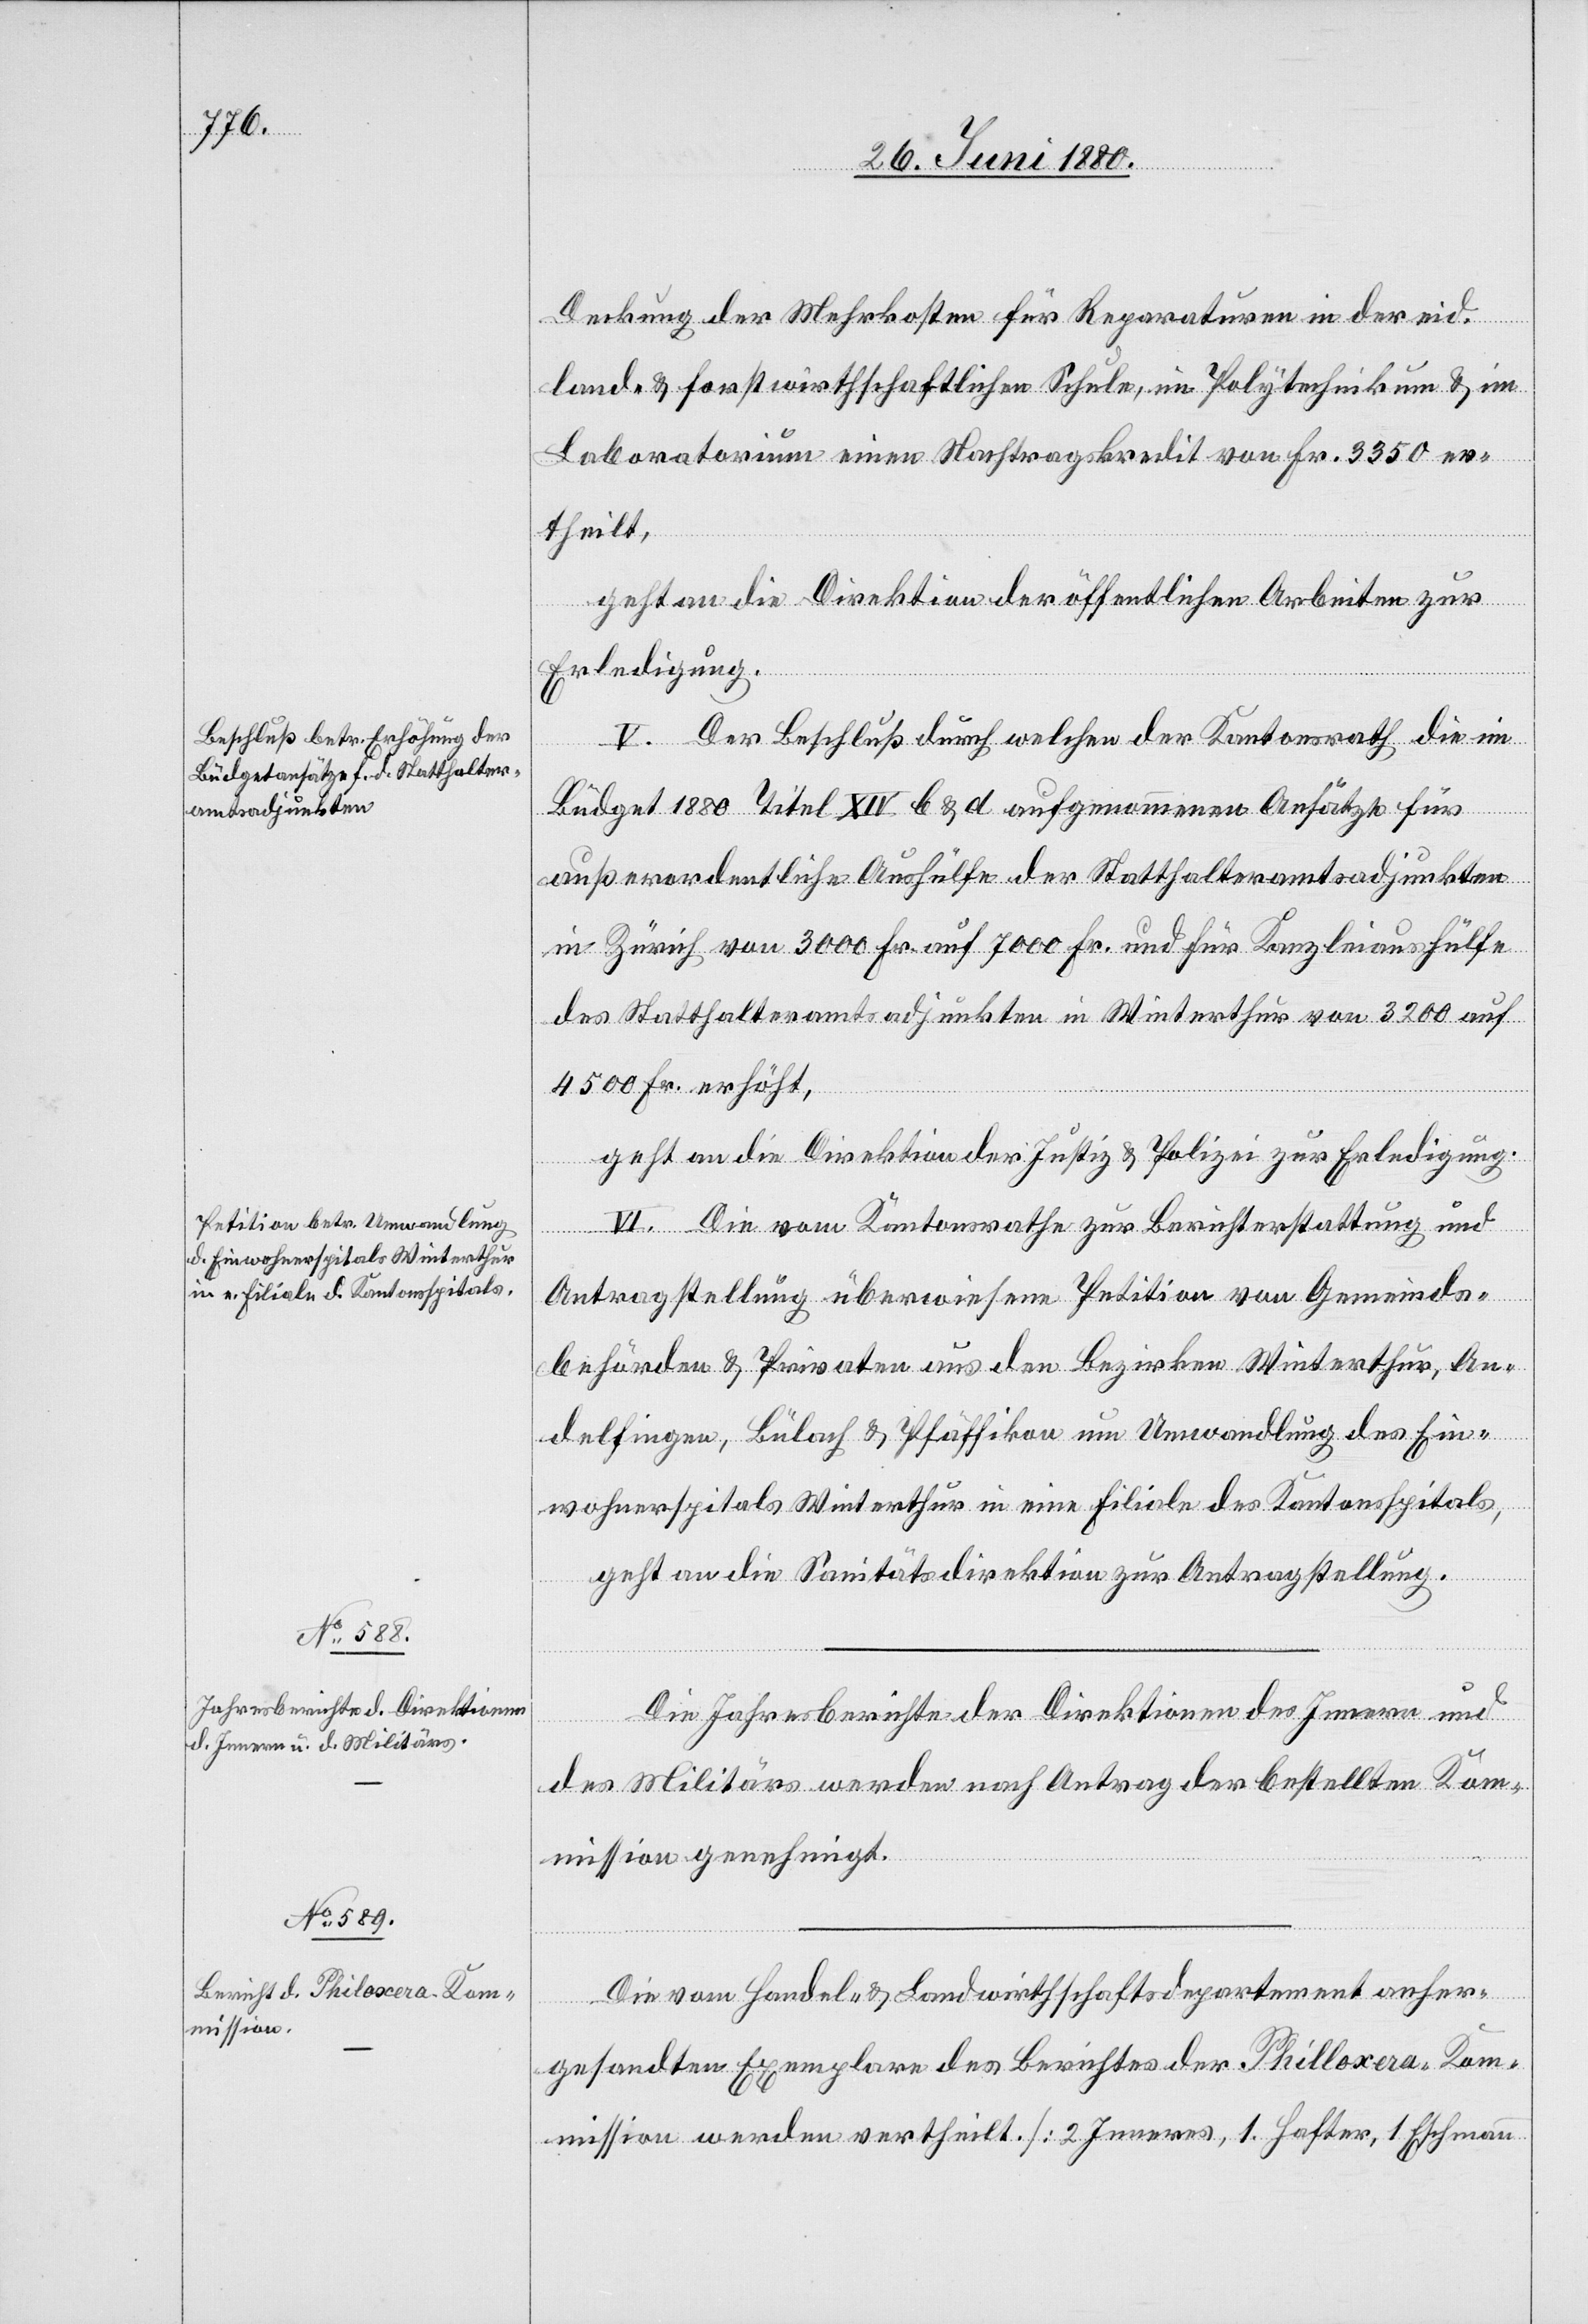
Deckung der Mehrkosten für Reparaturen in der eid.
land- & forstwirthschaftlichen Schule, im Polytechnikum & im
Laboratorium einen Nachtragskredit von Fr. 3350 er¬
theilt,
geht an die Direktion der öffentlichen Arbeiten zur
Erledigung.
V. Der Beschluß durch welchen der Kantonsrath die im
Büdget 1880 Titel XIV b & d aufgenommenen Ansätze für
außerordentliche Aushülfe der Statthalteramtsadjunkten
in Zürich von 3000 Fr. auf 7000 Fr. und für Kanzleiaushülfe
des Statthalteramtsadjunkten in Winterthur von 3200 auf
4500 Fr. erhöht,
geht an die Direktion der Justiz & Polizei zur Erledigung.
VI. Die vom Kantonsrathe zur Berichterstattung und
Antragstellung überwiesene Petition von Gemeinds¬
behörden & Privaten aus den Bezirken Winterthur, An¬
delfingen, Bülach & Pfäffikon um Umwandlung des Ein¬
wohnerspitals Winterthur in eine Filiale des Kantonsspitals,
geht an die Sanitätsdirektion zur Antragstellung.
Die Jahresberichte der Direktionen des Innern und
des Militärs werden nach Antrag der bestellten Kom¬
mission genehmigt.
Die vom Handels- & Landwirthschaftsdepartement anher¬
gesandten Exemplare des Berichtes der Philloxera-Kom¬
mission werden vertheilt. [2 Inneres, 1. Hafter, 1 Eschmann